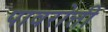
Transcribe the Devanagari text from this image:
पावरोत्ती